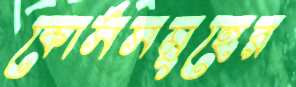
কোর্সসমূহের